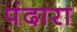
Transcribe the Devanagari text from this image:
पंदारा